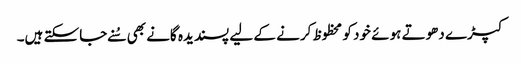
کپڑے دھوتے ہوئے خود کو محظوظ کرنے کے لیے پسندیدہ گانے بھی سُنے جاسکتے ہیں۔